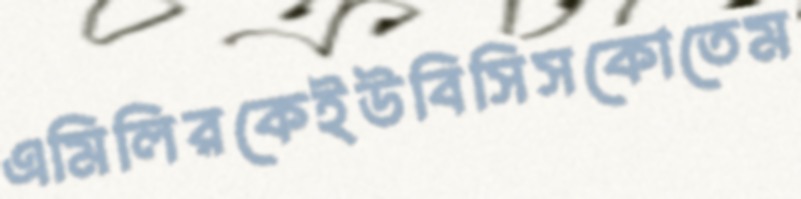
এমিলিরকেইউবিসিসকোতেম